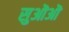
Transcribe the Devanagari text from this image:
सुऒऒ